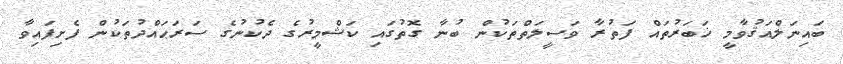
ބައިނަލްއަޤުވާމީ ޚަބަރުތައް ފަތުރާ ވަސީލަތްތަކުން ބުނާ ގޮތުގައި ކަޝްމީރުގެ ދެކުނުގެ ސަރަޙައްދުތަކުން ފެށިފައިވާ